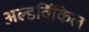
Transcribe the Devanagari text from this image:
अल्डविंकिल